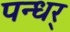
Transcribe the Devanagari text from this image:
पन्धर्